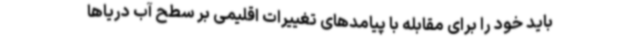
باید خود را برای مقابله با پیامدهای تغییرات اقلیمی بر سطح آب دریاها